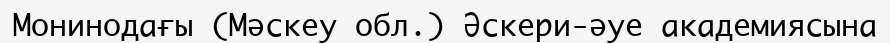
Монинодағы (Мәскеу обл.) Әскери-әуе академиясына